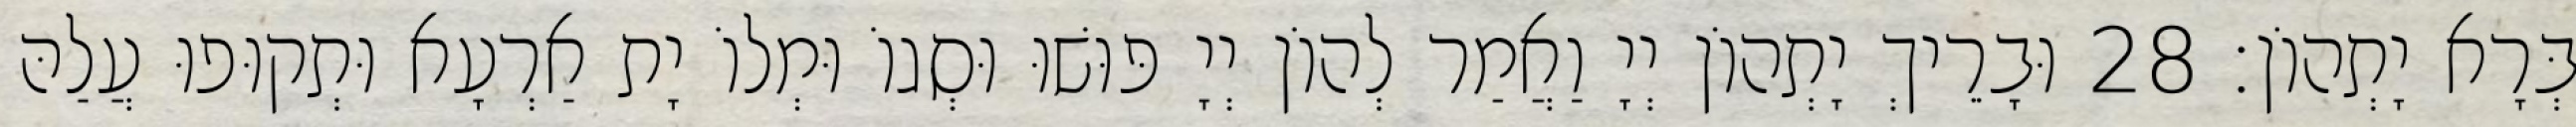
בְּרָא יָתְהוֹן׃ 28 וּבָרֵיךְ יָתְהוֹן יְיָ וַאֲמַר לְהוֹן יְיָ פּוּשׁוּ וּסְגוֹ וּמְלוֹ יָת אַרְעָא וּתְקוּפוּ עֲלַהּ